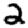
Digit: 2